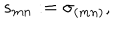
LaTeX: s _ { m n } : = \sigma _ { ( m n ) } ,